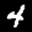
Label: 4